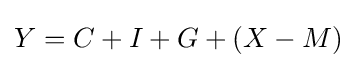
Y=C+I+G+(X-M)